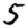
Digit: 5